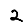
Digit: 2